Supplement to the account of plague administration in the Bombay Presidency from September 1896 till May 1897
Year: 1896
Disease focus: Plague
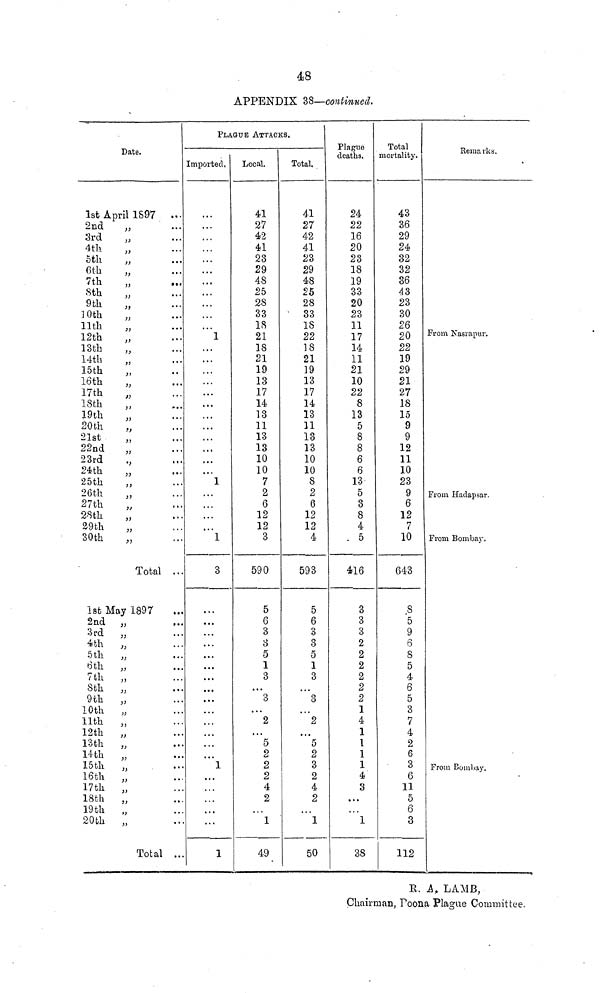
48
APPENDIX 38—continued.
R. A. LAMB,
Chairman, Poona Plague Committee.
Date.
1st April 1S97
2nd
3rd
4th
5th
6th
7th
8th
9th
10th
11th
12th
13th
14th
15th
16th
17th
18th
19th
20th
21st
22nd
23rd
24th
25th
26th
27th
28th
29th
30th
"
"
"
"
"
"
"
"
"
"
"
"
"
"
"
"
"
"
"
"
"
99
"
"
»
Total
1st May 1897
2nd
3rd
4bh
5th
6th
7th
8th
9th
10th
11th
12th
13th
14th
15th
16th
17th
18th
19th
20th
"
"
"
"
"
"
"
"
"
"
>>
99
"
"
"
»
Total
• • •
...
...
•
•*
• • •
...
...
...
• . •
• • •
• ••
• • •
• ••
...
...
• •
...
• •
.,
...
,.
• t
...
..
...
...
PLAQUE ATTACKS.
Imported.
.. •
...
...
• • •
• • •
• • •
...
...
...
...
• • •
...
...
...
...
...
...
.
•.
...
...
• • •
1
...
• • •
• • •
...
...
3
• ••
...
...
...
...
...
...
...
...
...
...
1
...
• • •
• • •
...
...
1
Local.
41
27
42
41
23
29
48
25
28
33
18
21
18
21
19
13
17
14
13
11
13
13
10
10
7
2
6
12
12
3
590
5
6
3
3
5
1
3
...
3
...
2
...
5
2
2
2
4
2
• • •
1
49
Total.
41
27
42
41
23
29
48
25
28
33
18
22
18
21
19
13
17
14
13
11
13
13
10
10
8
2
6
12
12
4
593
5
6
3
3
5
1
3
...
3
...
2
• a a
5
2
3
2
4
2
• • •
1
50
Plague
deaths.
24
22
16
20
23
18
19
33
20
23
11
17
14
11
21
10
22
8
13
5
8
8
6
6
13
5
3
8
4
5
416
3
3
3
2
2
2
2
2
2
1
4
1
1
1
1
4
3
• •a
...
1
38
Total
mortality.
43
36
29
24
32
32
36
AS
23
30
26
20
22
19
29
21
27
18
15
9
9
12
11
10
23
9
6
12
7
10
643
8
5
9
6
8
5
4
6
5
3
7
4
2
6
3
6
11
5
6
3
112
Remarks.
From Nasrapur.
From Hadapsar.
From Bombay.
From Bombay.